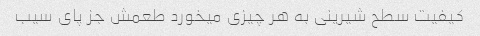
کیفیت سطح شیرینی به هر چیزی میخورد طعمش جز پای سیب